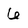
Character: 6